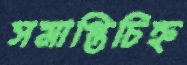
সমাপ্তিচিহ্ন